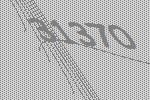
31370